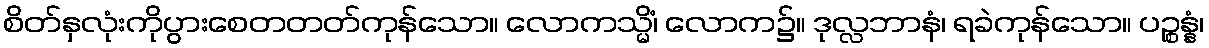
စိတ်နှလုံးကိုပွားစေတတတ်ကုန်သော။ လောကသ္မိံ၊ လောက၌။ ဒုလ္လဘာနံ၊ ရခဲကုန်သော။ ပဉ္စန္နံ၊